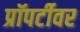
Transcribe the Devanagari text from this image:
प्रॉपर्टीवर